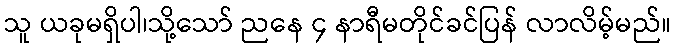
သူ ယခုမရှိပါ၊သို့သော် ညနေ ၄ နာရီမတိုင်ခင်ပြန် လာလိမ့်မည်။